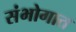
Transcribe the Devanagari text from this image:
संभोगात